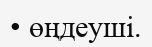
• өңдеуші.